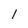
Character: 1